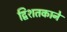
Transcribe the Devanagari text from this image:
द्विशतकाने